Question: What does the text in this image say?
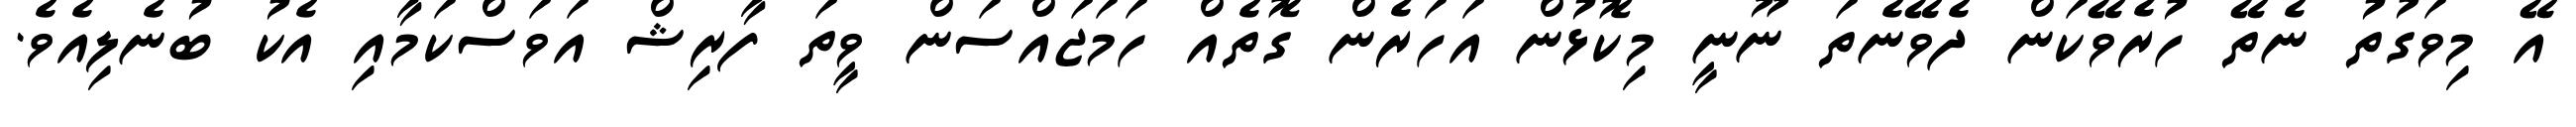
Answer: އޭ މިވަގުތު ނެތޭ ހުރެވޭކަން ދެވޭނެތަ ނޫނީ މިކޮޅުން އަހަރެން ގޮތެއް ހަމަޖައްސަން ވީތަ ފާރިޝް އަވަސްކަމާއި އެކު ބުނެލިއެވެ.